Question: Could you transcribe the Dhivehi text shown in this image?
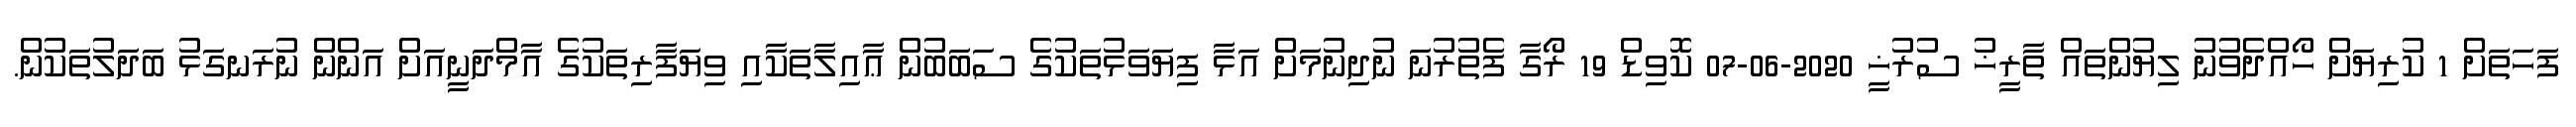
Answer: ފަހަތަށް 1 ކުރިޔަށް ހޯއްދެވުނު ލިޔުންތައް ތާރީޚު ސުރުޚީ 2020-06-07 ކޮވިޑް 19 ރޯގާ ފެތުރުނަ ނުދިނުމަށް އަޅާ ފިޔަވަޅުތަކުގެ ސަބަބުން ޢާއިލާތަކާއި ވިޔަފާރިތަކުގެ އާމްދަނީއަށް އަންން ނުރަނގަޅު ބަދަލުތަކުން.